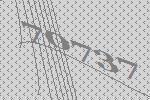
70737